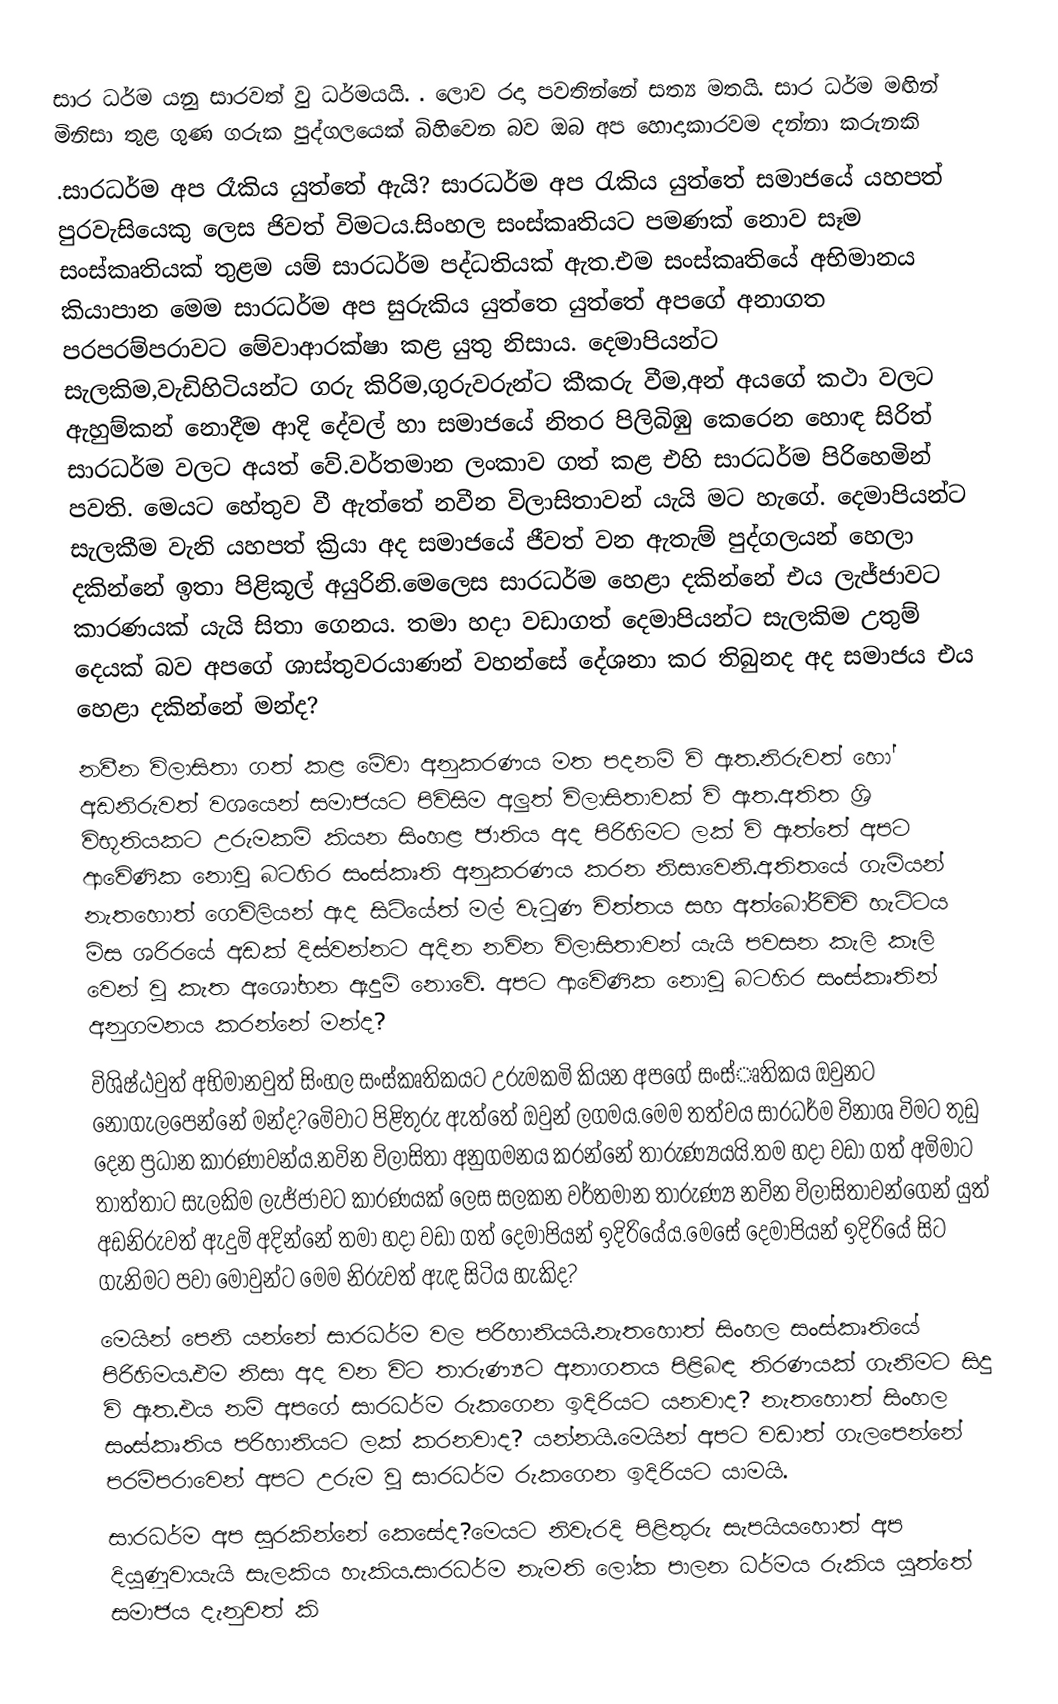
සාර ධර්ම යනු සාරවත් වු ධර්මයයි. . ලොව රදා පවතින්නේ සත්‍ය මතයි. සාර ධර්ම මඟින් මිනිසා තුළ ගුණ ගරුක පුද්ගලයෙක් බිහිවෙන බව ඔබ අප හොදාකාරවම දන්නා කරුනකි
.සාරධර්ම අප රෑකිය යුත්තේ ඇයි?  සාරධර්ම අප රැකිය යුත්තේ සමාජයේ යහපත් පුරවැසියෙකු ලෙස ජිවත් විමටය.සිංහල සංස්කෘතියට පමණක් නොව සෑම සංස්කෘතියක් තුළම යම් සාරධර්ම පද්ධතියක් ඇත.එම සංස්කෘතියේ අභිමානය කියාපාන මෙම සාරධර්ම  අප  සුරුකිය යුත්තෙ යුත්තේ අපගේ අනාගත පරපරම්පරාවට මේවාආරක්ෂා  කළ යුතු නිසාය. දෙමාපියන්ට සැලකිම,වැඩිහිටියන්ට ගරු කිරිම,ගුරුවරුන්ට කීකරු වීම,අන් අයගේ කථා වලට ඇහුම්කන් නොදීම ආදි  දේවල් හා සමාජයේ නිතර පිලිබිඹු කෙරෙන හොඳ සිරිත් සාරධර්ම වලට අයත් වේ.වර්තමාන ලංකාව ගත් කළ එහි සාරධර්ම පිරිහෙමින් පවති. මෙයට හේතුව වී ඇත්තේ නවීන  විලාසිතාවන් යැයි මට හැගේ. දෙමාපියන්ට සැලකීම වැනි යහපත් ක්‍රියා අද සමාජයේ ජීවත් වන ඇතැම් පුද්ගලයන් හෙලා දකින්නේ ඉතා පිළිකූල් අයුරිනි.මෙලෙස සාරධර්ම හෙළා දකින්නේ එය ලැජ්ජාවට කාරණයක් යැයි සිතා ගෙනය. තමා හදා වඩාගත් දෙමාපියන්ට සැලකිම උතුම් දෙයක් බව අපගේ ශාස්තුවරයාණන් වහන්සේ දේශනා කර තිබුනද අද සමාජය එය හෙළා දකින්නේ මන්ද?
නවීන විලාසිතා ගත් කළ මේවා අනුකරණය මත පදනමි වි ඇත.නිරුවත් හෝ අඩනිරුවත් වශයෙන් සමාජයට පිවිසිම අලුත් විලාසිතාවක් වි ඇත.අතිත ශ්‍රි විභූතියකට උරුමකමි කියන සිංහළ ජාතිය අද පිරිහිමට ලක් වි ඇත්තේ අපට ආවෙිණික නොවු බටහිර සංස්කෘති අනුකරණය කරන නිසාවෙනි.අතිතයේ ගැමියන් නැතහොත් ගෙවිලියන් ඇද සිටියේත් මල් වැටුණ චිත්තය සහ අත්බෝරිචිචි හැටිටය මිස ශරිරයේ අඩක් දිස්වන්නට අදින නවින විලාසිතාවන් යැයි පවසන කැලි කෑලි වෙන් වු කැත අශෝභන  ඇදුමි නොවෙි. අපට ආවෙිණික නොවු බටහිර සංස්කෘතින් අනුගමනය කරන්නේ මන්ද?
විශිෂ්ඨවුත් අභිමානවුත් සිංහල සංස්කෘතිකයට උරුමකමි කියන අපගේ සංස්ෘතිකය ඔවුනට නොගැලපෙන්නේ මන්ද?මෙිවාට පිළිතුරු ඇත්තේ ඔවුන් ලගමය.මෙම තත්වය සාරධර්ම විනාශ විමට තුඩු දෙන ප්‍රධාන කාරණාවන්ය.නවින විලාසිතා අනුගමනය කරන්නේ තාරුණ්‍යයයි.තම හදා වඩා ගත් අමිමාට තාත්තාට සැලකිම ලැජ්ජාවට කාරණයක් ලෙස සලකන වර්තමාන තාරුණ්‍ය නවින විලාසිතාවන්ගෙන් යුත් අඩනිරුවත් ඇදුමි අදින්නේ තමා හදා වඩා ගත් දෙමාපියන් ඉදිරියේය.මෙසේ දෙමාපියන් ඉදිරියේ සිට ගැනිමට පවා මොවුන්ට මෙම නිරුවත් ඇඳ සිටිය හැකිද?
මෙයින් පෙනි යන්නේ සාරධර්ම වල පරිහානියයි.නැතහොත් සිංහල සංස්කෘතියේ පිරිහිමය.එම නිසා අද වන විට තාරුණ්‍යට අනාගතය පිළිබඳ තිරණයක් ගැනිමට සිදු වි ඇත.එය නමි අපගේ සාරධර්ම රුකගෙන ඉදිරියට යනවාද? නැතහොත් සිංහල සංස්කෘතිය පරිහානියට ලක් කරනවාද? යන්නයි.මෙයින් අපට වඩාත් ගැලපෙන්නේ පරමිපරාවෙන් අපට උරුම වු සාරධර්ම රුකගෙන ඉදිරියට යාමයි.
සාරධර්ම අප සුරකින්නේ කෙසේද?මෙයට නිවැරදි පිළිතුරු සැපයියහොත් අප දියුණූවායැයි සැලකිය හැකිය.සාරධර්ම නැමති ලෝක පාලන ධර්මය රුකිය යුත්තේ සමාජය දැනුවත් කි